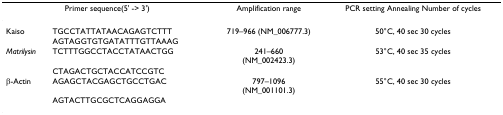
<table><thead><tr><td colspan="2"><b>Primer sequence(5&#x27; -&gt; 3&#x27;)</b></td><td><b>Amplification range</b></td><td><b>PCR setting Annealing Number of cycles</b></td></tr></thead><tbody><tr><td>Kaiso</td><td>TGCCTATTATAACAGAGTCTTT</td><td>719–966 (NM_006777.3)</td><td>50°C, 40 sec 30 cycles</td></tr><tr><td></td><td>AGTAGGTGTGATATTTGTTAAAG</td><td></td><td></td></tr><tr><td><i>Matrilysin</i></td><td>TCTTTGGCCTACCTATAACTGG</td><td>241–660(NM_002423.3)</td><td>53°C, 40 sec 35 cycles</td></tr><tr><td></td><td>CTAGACTGCTACCATCCGTC</td><td></td><td></td></tr><tr><td>β-Actin</td><td>AGAGCTACGAGCTGCCTGAC</td><td>797–1096(NM_001101.3)</td><td>55°C, 40 sec 30 cycles</td></tr><tr><td></td><td>AGTACTTGCGCTCAGGAGGA</td><td></td><td></td></tr></tbody></table>